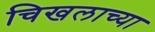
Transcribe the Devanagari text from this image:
चिखलाच्या